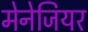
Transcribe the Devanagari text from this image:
मेनेजियर